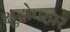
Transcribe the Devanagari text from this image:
क्षुद्रोपहार